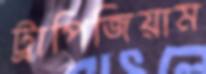
ট্রাপিজিয়াম